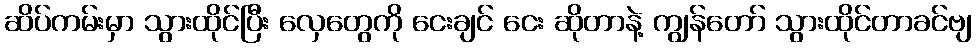
ဆိပ်ကမ်းမှာ သွားထိုင်ပြီး လှေတွေကို ငေးချင် ငေး ဆိုတာနဲ့ ကျွန်တော် သွားထိုင်တာခင်ဗျ